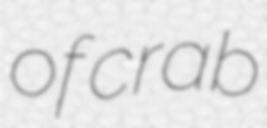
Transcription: of crab